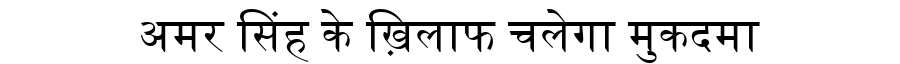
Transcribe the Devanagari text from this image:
अमर सिंह के ख़िलाफ चलेगा मुकदमा